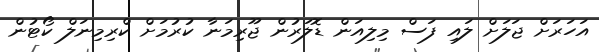
އަހަރަށް ޖަލަށް ލައި ފަސް މިލިއަން ޑޮލަރުން ޖޫރިމަނާ ކުރުމަށް ކްރިމިނަލް ކޯޓުން